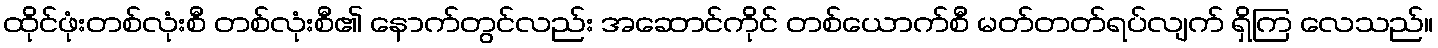
ထိုင်ဖုံးတစ်လုံးစီ တစ်လုံးစီ၏ နောက်တွင်လည်း အဆောင်ကိုင် တစ်ယောက်စီ မတ်တတ်ရပ်လျက် ရှိကြ လေသည်။